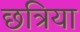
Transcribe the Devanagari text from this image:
छत्रिया